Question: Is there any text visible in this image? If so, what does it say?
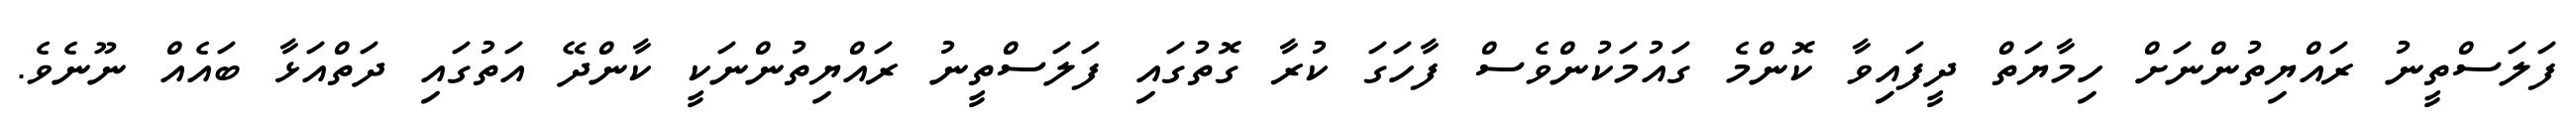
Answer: ފަލަސްތީނު ރައްޔިތުންނަށް ހިމާޔަތް ދީފައިވާ ކޮންމެ ގައުމަކުންވެސް ފާހަގަ ކުރާ ގޮތުގައި ފަލަސްތީނު ރައްޔިތުންނަކީ ކާންދޭ އަތުގައި ދަތްއަޅާ ބައެއް ނޫނެވެ.